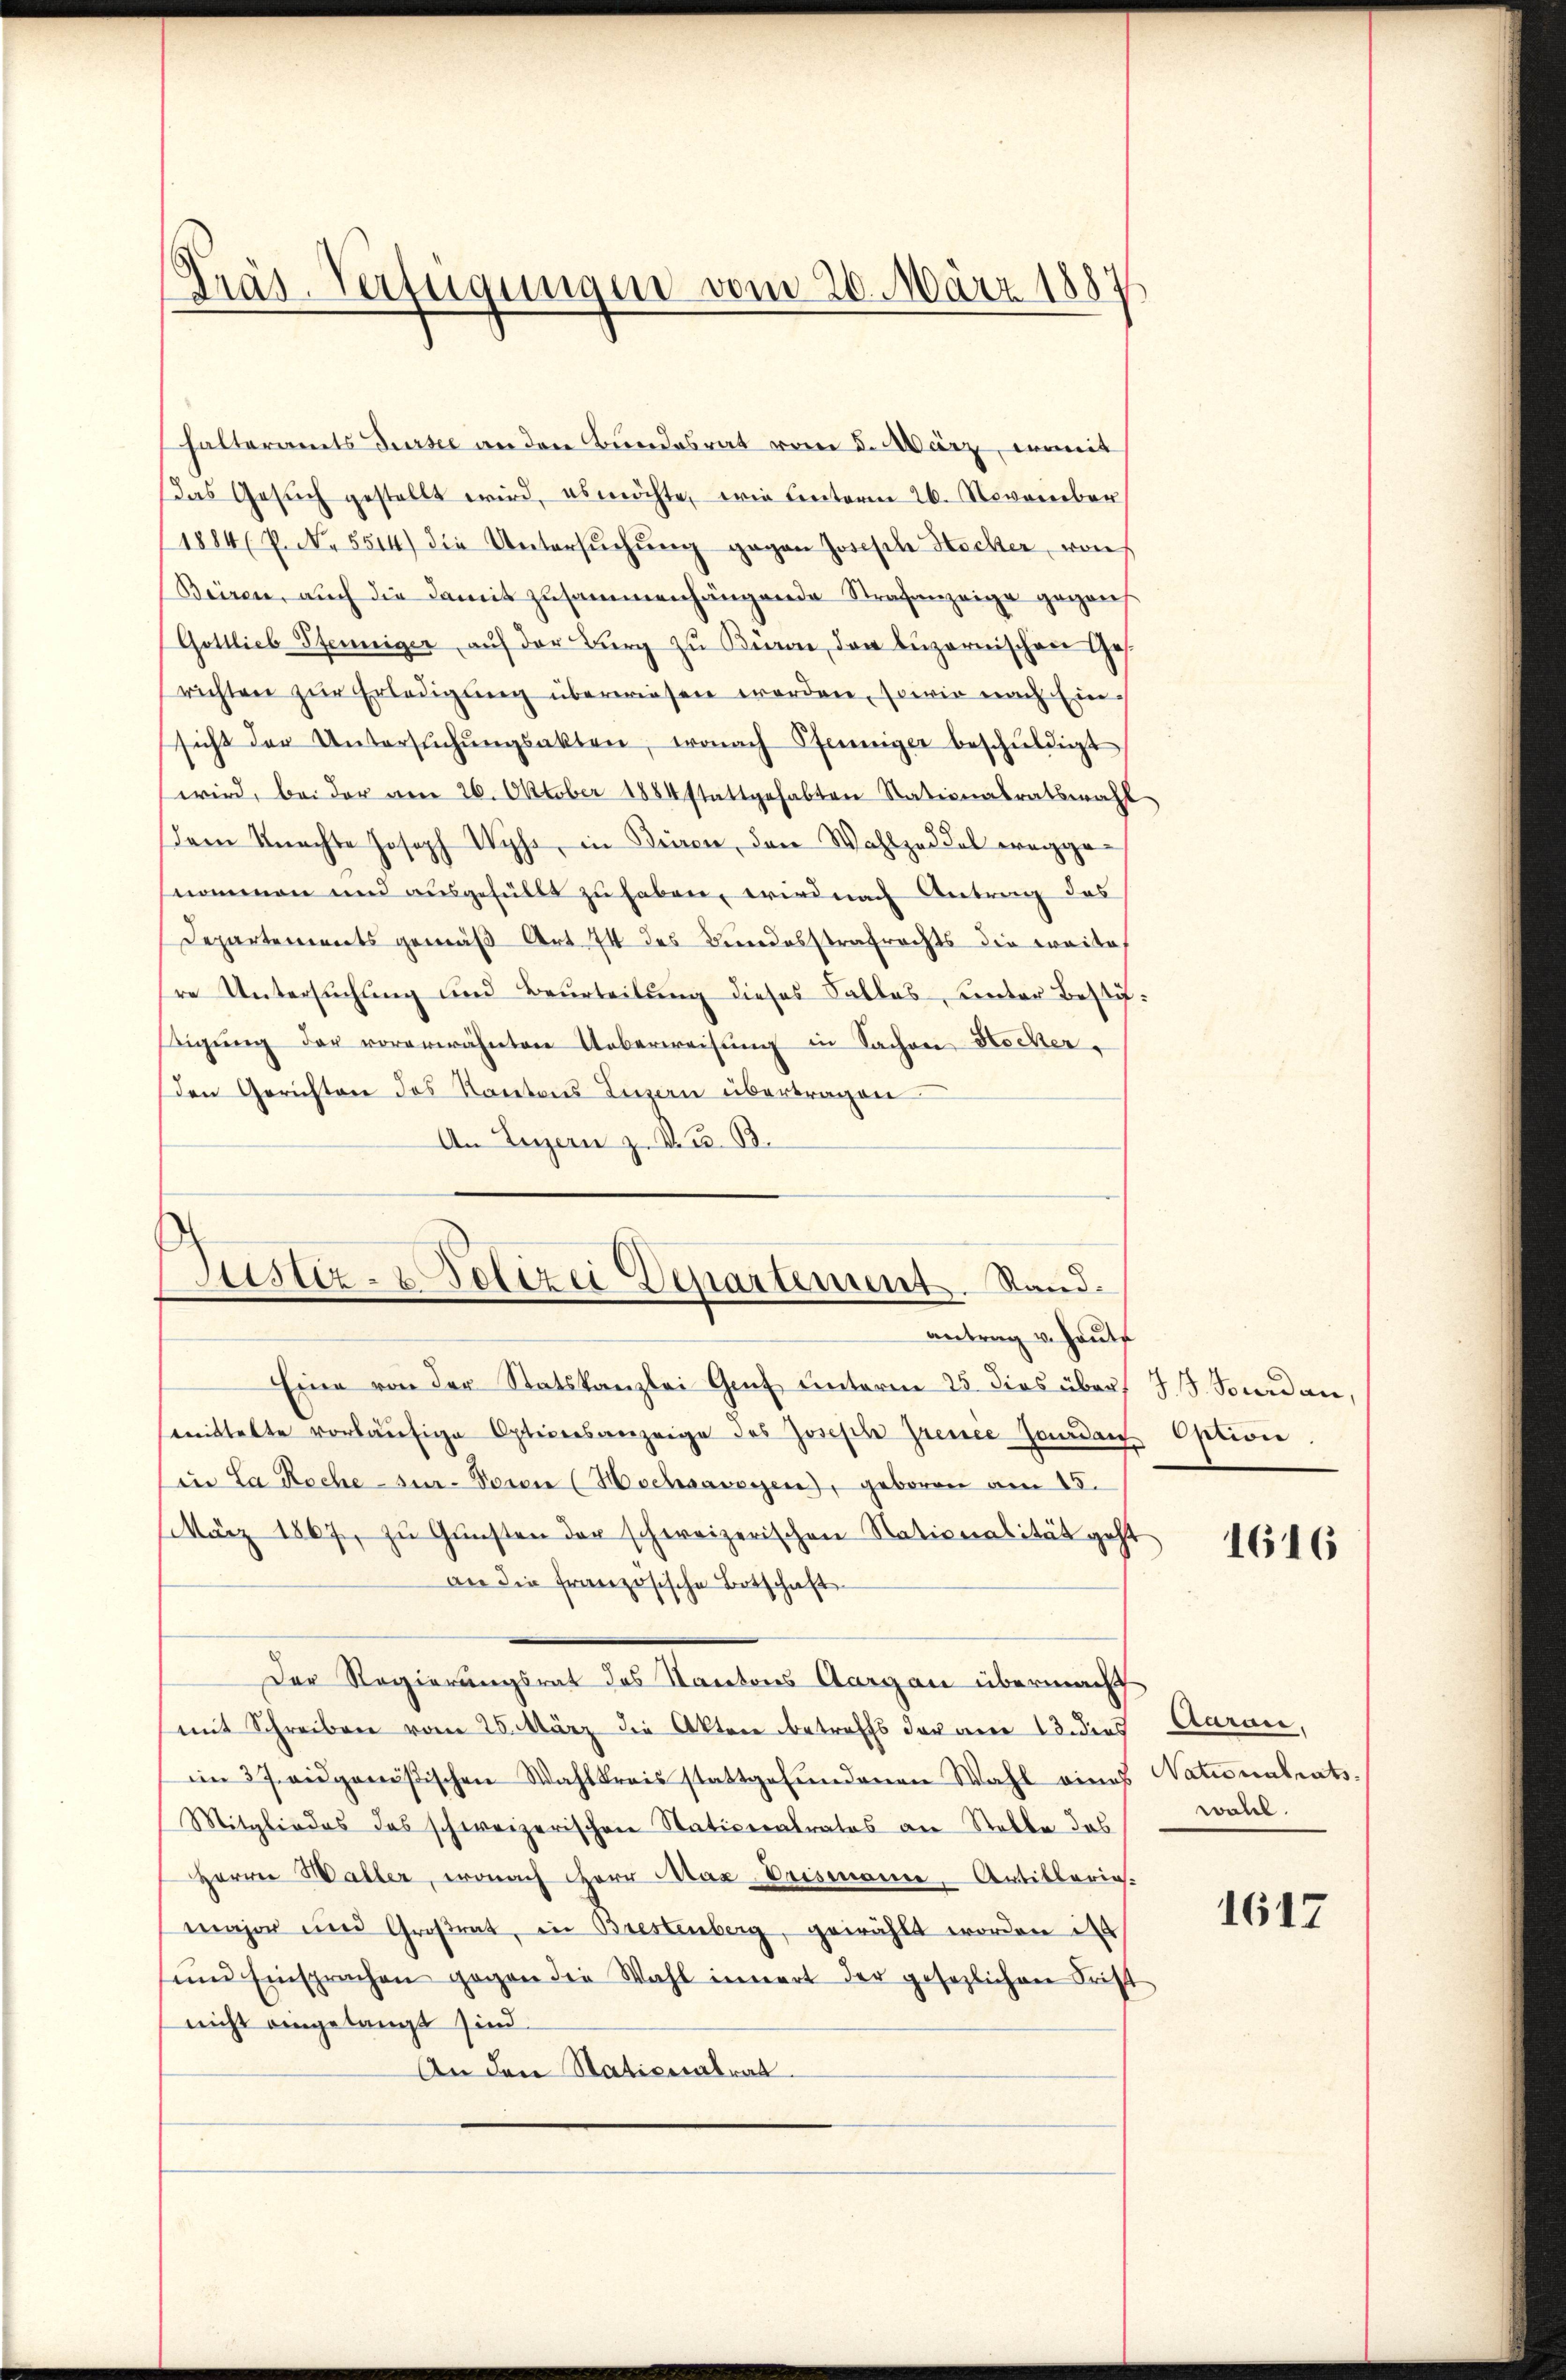
halteramts Sursee an den Bundesrat vom 5. März, einmit
Das Gesŭch gestellt wird, es möchte, wie Unterm 26. November
1884 P. No. 5514) die Untersŭchŭng gegen Joseph Hecker von
Beiren, auch die damit zusammenhängende Strafanzeige gegens
Gottlieb Pfenniger aŭf der Burg zŭ Baron den Luzernischen Ges.
richten zur Erledigŭng überwiesen worden, sowie nach Ein-
sicht der Untersŭchŭngsakten, wonach Pfenniger beschŭldigt
wird, bei der am 26. Oktober 1884 stattgehabten Stationalratswahl
dem Machte Joseph Wyss, in Briren, den Wahlzeddel wegge
nommen und ausgefüllt zu haben, wird nach Antrag des
Departements gemäß Art. 74 des Bundesstrafrechts die weite
re Untersuchung und Beurteilung dieses Salles, unter Bestifβigŭng der vorerwähnten Ueberweisŭng in Sachen Hocker,
den Gerichten des Kantons Luzern übertragen
An Luzern z. B. G. B.

Präs. Verfügungen vom 20. März 1887

Justiz- & Polizei Departement. Stand.
antrag v. Heute

Eine von der Statskanzlei Genf unterm 25. dies über J. J. Jourdan,
smittelte vorläŭfige Opticesanzeige des Joseph Grence handen Option.
in La Roche sur- Tosen (Hochsavoyen, geboren am 15.
März 1867, zu Gunsten der schweizerischen Nationalität geht
an die französische Botschaft
Der Regierungsrat des Kantons Aargau übermacht
mit Schreiben vom 25. März die Akten betreffs der wie 13. dies
im 37. eidgenößischen Wahlkreis stattgefŭndenen Wahl eines Nationalrats-
Mitgliedes das schweizerischen Nativeratrates an Stelle des
Herrn Waller, wonach Herr Atax Vaisenamte, Artillerie.
major und Großrat, in Brestenberg, gewählt worden d
sind Einsprachen gegen die Wahl innert der gesezlichen Frist
nicht eingelangt sind.
An den Stationalrat.

1616

Caran.
wohl.

1617